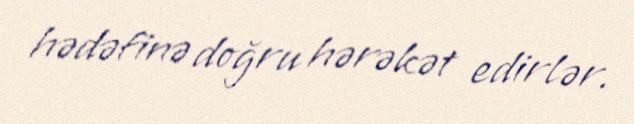
hədəfinə doğru hərəkət edirlər.